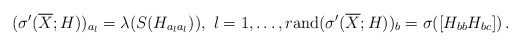
\begin{align*}(\sigma'(\overline{X};H))_{a_{l}}=\lambda(S(H_{a_{l}a_{l}})),\ l=1,\ldots,r {\rm and} (\sigma'(\overline{X};H))_{b}=\sigma([H_{bb}H_{bc}])\,.\end{align*}